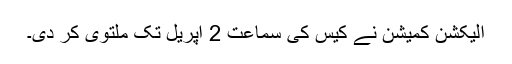
الیکشن کمیشن نے کیس کی سماعت 2 اپریل تک ملتوی کر دی۔